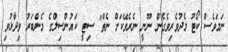
ނަމަވެސް ކޯޓު މެދުވެރިވެގެން ނޫނީ ނެރެވޭކަށް ނެތް" ސިޓީ ކައުންސިލްގެ މެންބަރު ވިދާޅުވި